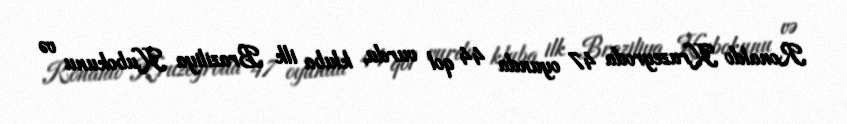
Ronaldo Kruzeyroda 47 oyunda 44 qol vurdu, kluba ilk Braziliya Kubokunu və